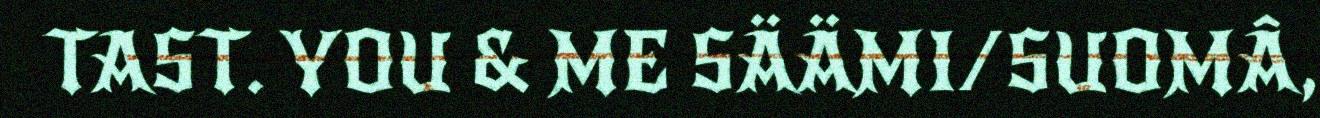
TAST. YOU & ME SÄÄMI/SUOMÂ,